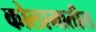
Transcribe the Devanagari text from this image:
कोलामातील